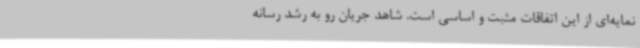
نمایه‌ای از این اتفاقات مثبت و اساسی است. شاهد جریان رو به رشد رسانه